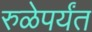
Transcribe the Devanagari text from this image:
रुळेपर्यंत